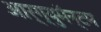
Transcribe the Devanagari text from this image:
आर्ग्युमॅन्टम